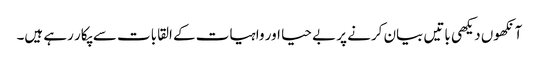
آنکھوں دیکھی باتیں بیان کرنے پر بے حیا اور واہیات کے القابات سے پکار رہے ہیں۔